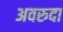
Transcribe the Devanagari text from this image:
अवरुदा